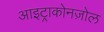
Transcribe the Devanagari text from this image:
आइट्राकोनज़ोल